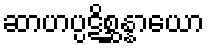
ဆာဟပ္ပဋိစ္ဆန္နာယော